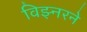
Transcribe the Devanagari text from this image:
विझ्नरने